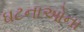
ઘટનાઓના